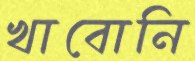
খাবোনি